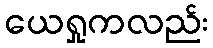
ယေရှုကလည်း